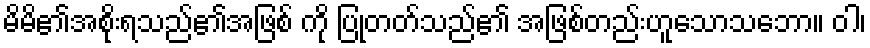
မိမိ၏အစိုးရသည်၏အဖြစ် ကို ပြုတတ်သည်၏ အဖြစ်တည်းဟူသောသဘော။ ဝါ၊